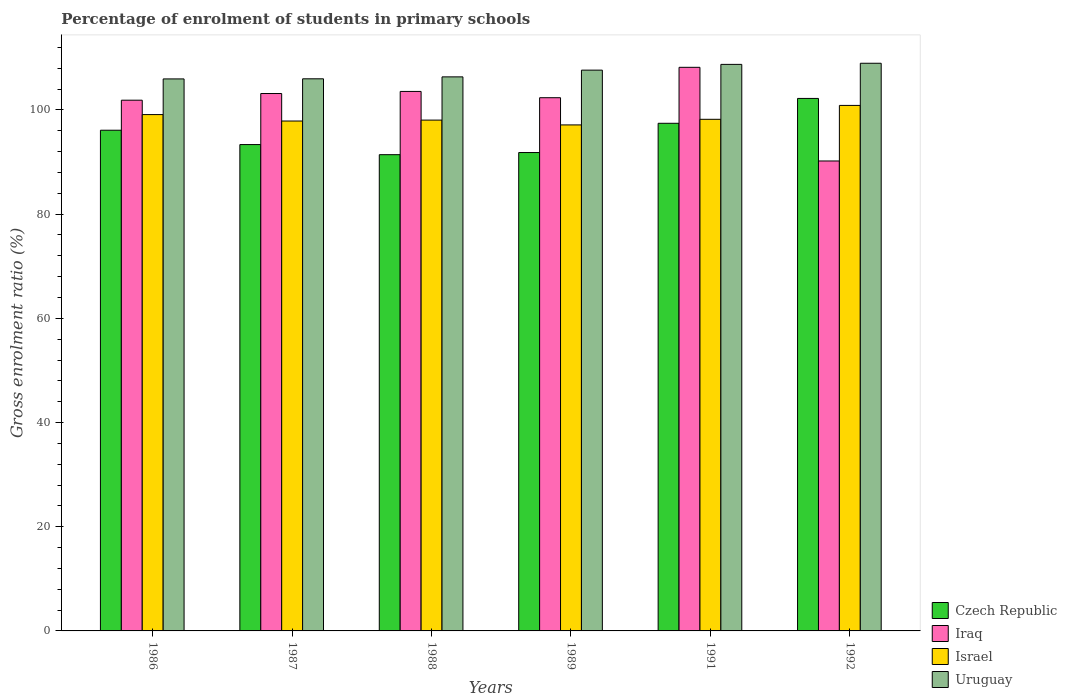
| Years | Czech Republic | Iraq | Israel | Uruguay |
 | --- | --- | --- | --- | --- |
 | 1986 | 96.1 | 102 | 99.1 | 106 |
 | 1987 | 93.4 | 103 | 97.9 | 106 |
 | 1988 | 91.4 | 104 | 98.1 | 106 |
 | 1989 | 91.8 | 102 | 97.1 | 108 |
 | 1991 | 97.4 | 108 | 98.2 | 109 |
 | 1992 | 102 | 90.2 | 101 | 109 |